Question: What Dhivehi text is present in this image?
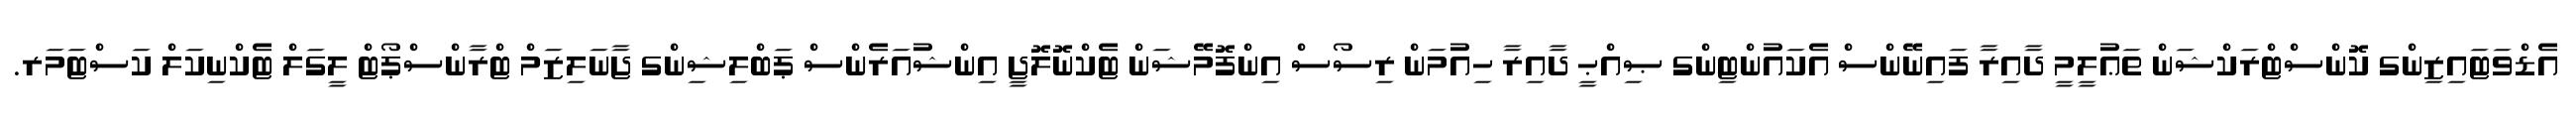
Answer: އެޑްވަޓައިޒިންގ ކޮންސްޓްރަކްޝަން ތަޢުލީމީ ދާއިރާ ފައިނޭންސް އެކައުންޓިންގ ޞިއްޙީ ދާއިރާ ހިއުމަން ރިސޯސް އިންފޮމޭޝަން ޓެކްނޮލޮޖީ އިންޝުއަރެންސް ޕަބްލިޝިންގ ޖާނަލިޒަމް ޓްރާންސްޕޯޓް ލީގަލް ޓެކްނިކަލް ކަސްޓަމަރ.